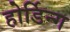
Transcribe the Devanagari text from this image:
होर्डिन्ग